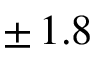
\pm \, 1 . 8